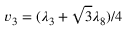
v _ { 3 } = ( \lambda _ { 3 } + \sqrt { 3 } \lambda _ { 8 } ) / 4